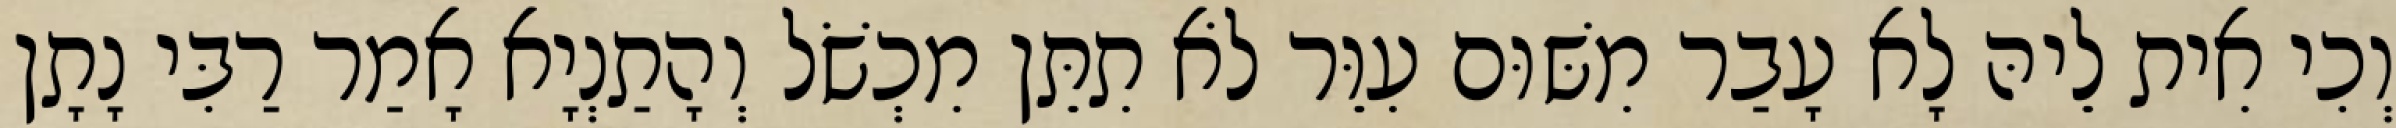
וְכִי אִית לֵיהּ לָא עָבַר מִשּׁוּם עִוֵּר לֹא תִתֵּן מִכְשֹׁל וְהָתַנְיָא אָמַר רַבִּי נָתָן